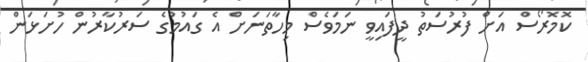
ކޮމޮރޯސް އަށް ފުރުސަތު ދީފައިވީ ނަމަވެސް މިހާތަނަށް އެ ގައުމުގެ ސަރުކާރުން ހުށަޅަން